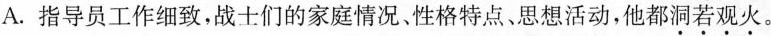
A.指导员工作细致，战士们的家庭情况、性格特点、思想活动，他都洞若观火。